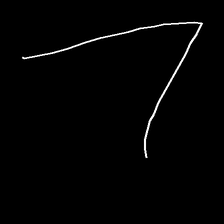
Glyph: region